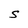
Character: S